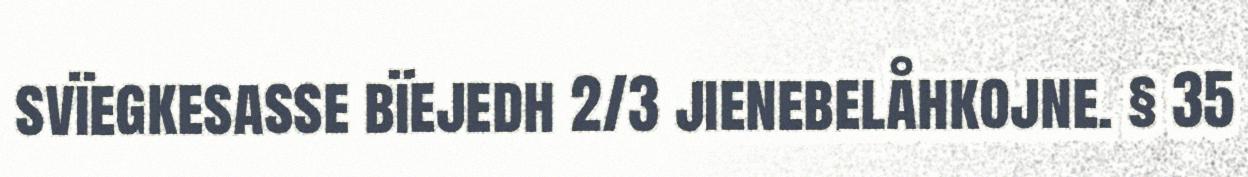
svïegkesasse bïejedh 2/3 jienebelåhkojne. § 35